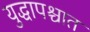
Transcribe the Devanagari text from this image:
युद्धापश्चात